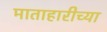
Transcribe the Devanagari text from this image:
माताहारीच्या